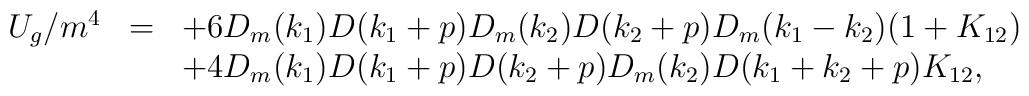
\begin{array}{rcl}U_g/m^4&=&\displaystyle +6D_m(k_1)D(k_1+p)D_m(k_2)D(k_2+p)D_m(k_1-k_2)(1+K_{12})\\&&\displaystyle +4D_m(k_1)D(k_1+p)D(k_2+p)D_m(k_2)D(k_1+k_2+p)K_{12}, \end{array}